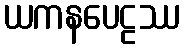
ယကနပေဠဿ